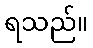
ရသည်။